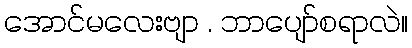
အောင်မလေးဗျာ . ဘာပျော်စရာလဲ။